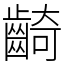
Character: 齮